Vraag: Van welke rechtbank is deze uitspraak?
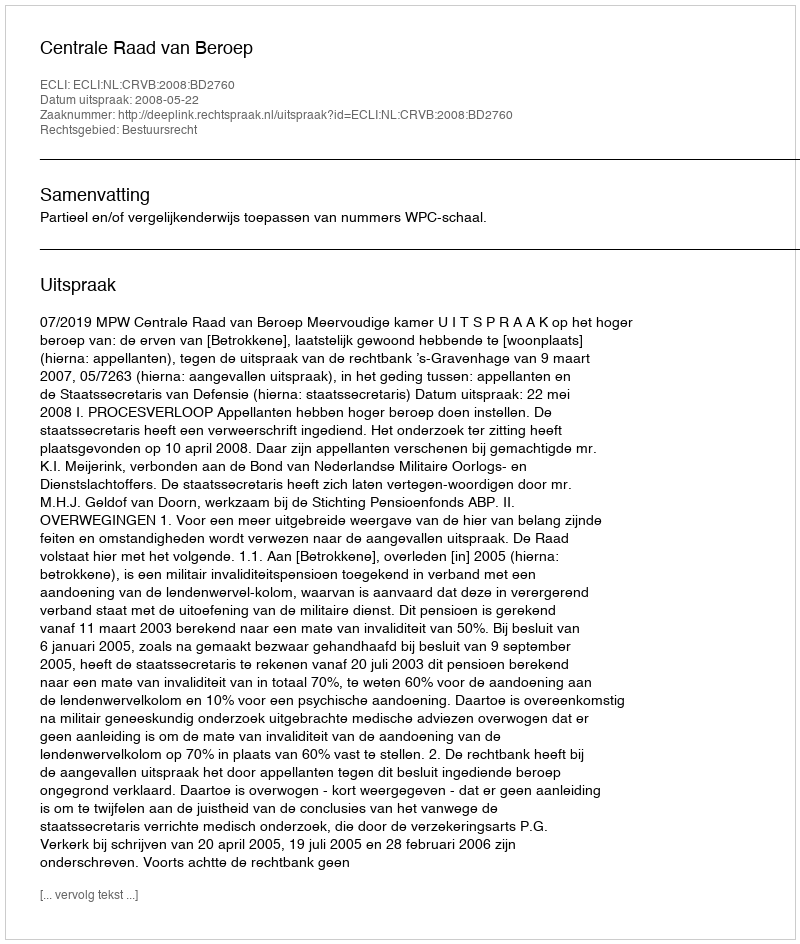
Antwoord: Centrale Raad van Beroep